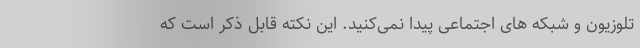
تلوزیون و شبکه های اجتماعی پیدا نمی‌کنید. این نکته قابل ذکر است که